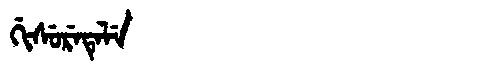
Manchu: ᡤᡳᠰᡠᡵᡝᡨᡝᠯᡝ
Romanization: GISURETELE